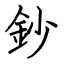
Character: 鈔